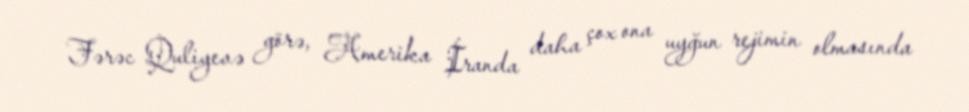
Fərəc Quliyevə görə, Amerika İranda daha çox ona uyğun rejimin olmasında